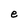
Character: e